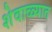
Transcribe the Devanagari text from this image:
शेवाळ्यात